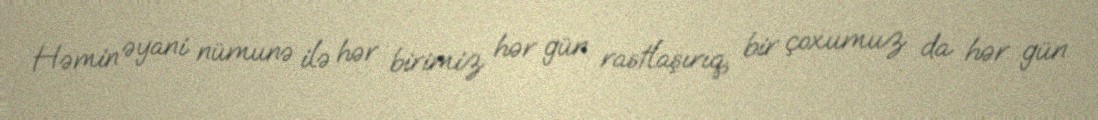
Həmin əyani nümunə ilə hər birimiz hər gün rastlaşırıq, bir çoxumuz da hər gün